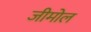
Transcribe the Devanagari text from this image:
जीमोल